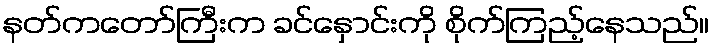
နတ်ကတော်ကြီးက ခင်နှောင်းကို စိုက်ကြည့်နေသည်။